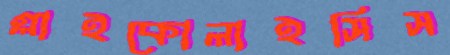
গ্লাইকোলাইসিস